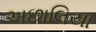
અછાલિયા